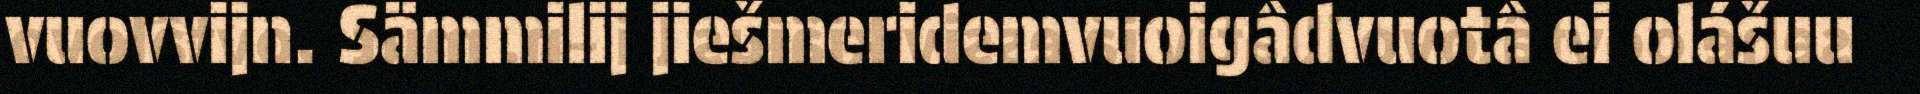
vuovvijn. Sämmilij jiešmeridemvuoigâdvuotâ ei olášuu